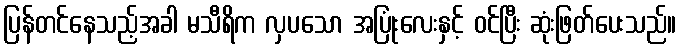
ပြန်တင်နေသည့်အခါ မသီရိက လှပသော အပြုံးလေးနှင့် ဝင်ပြီး ဆုံးဖြတ်ပေးသည်။